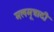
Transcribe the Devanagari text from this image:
मलमूत्रादी